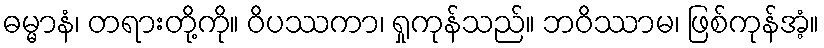
ဓမ္မာနံ၊ တရားတို့ကို။ ဝိပဿကာ၊ ရှုကုန်သည်။ ဘဝိဿာမ၊ ဖြစ်ကုန်အံ့။